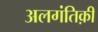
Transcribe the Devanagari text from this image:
अलगंतिक़ी